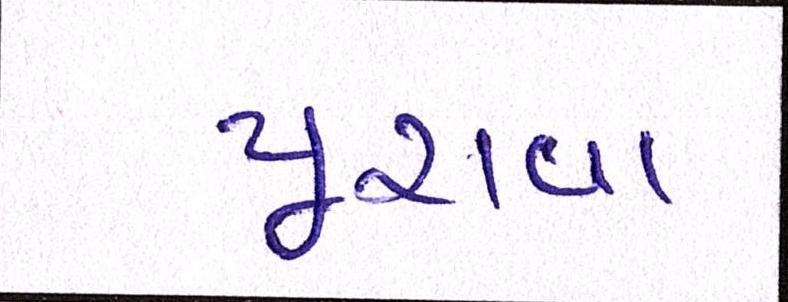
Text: પૂરાવા